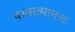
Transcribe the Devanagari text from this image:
परमात्मानन्द